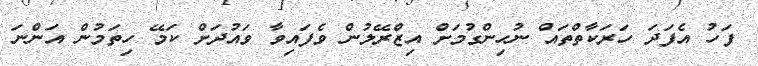
ފަހު އެފަދަ ހަރަކާތްތައް ނުހިންގުމަށް އިޒްރޭލުން ވެފައިވާ ވައުދަށް ކަމޭ ހިތަމުން އަންނަ